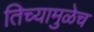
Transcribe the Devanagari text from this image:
तिच्यामुळेच